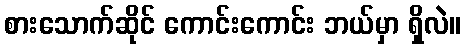
စားသောက်ဆိုင် ကောင်းကောင်း ဘယ်မှာ ရှိလဲ။